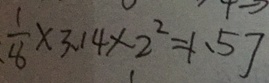
\frac { 1 } { 8 } \times 3 . 1 4 \times 2 ^ { 2 } = 1 . 5 7